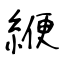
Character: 緶